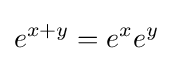
e^{x+y}=e^{x}e^{y}